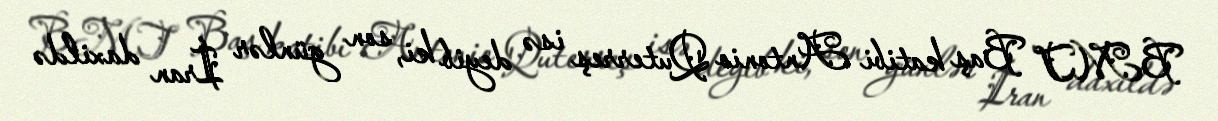
BMT Baş katibi Antonio Quterreş isə deyib ki, son günlər İran daxildə